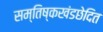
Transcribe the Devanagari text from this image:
सम्तिष्कखंडछेदित